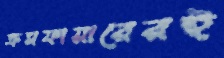
ক্রসফায়ারেরই